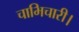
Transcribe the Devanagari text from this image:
चाभिचारी।